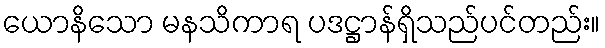
ယောနိသော မနသိကာရ ပဒဋ္ဌာန်ရှိသည်ပင်တည်း။